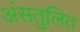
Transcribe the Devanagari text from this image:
अंसतुलित